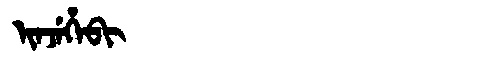
Manchu: ᡳᠨᠵᡝᡥᡝᠪᡳ
Romanization: INJEHEBI